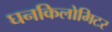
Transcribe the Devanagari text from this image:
घनकिलोमिटर